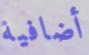
أضافية